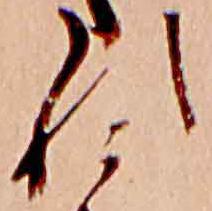
れ